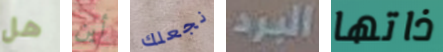
هل أين نجعلك البرد ذاتها